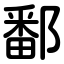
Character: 鄱